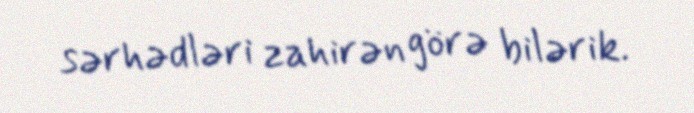
sərhədləri zahirən görə bilərik.